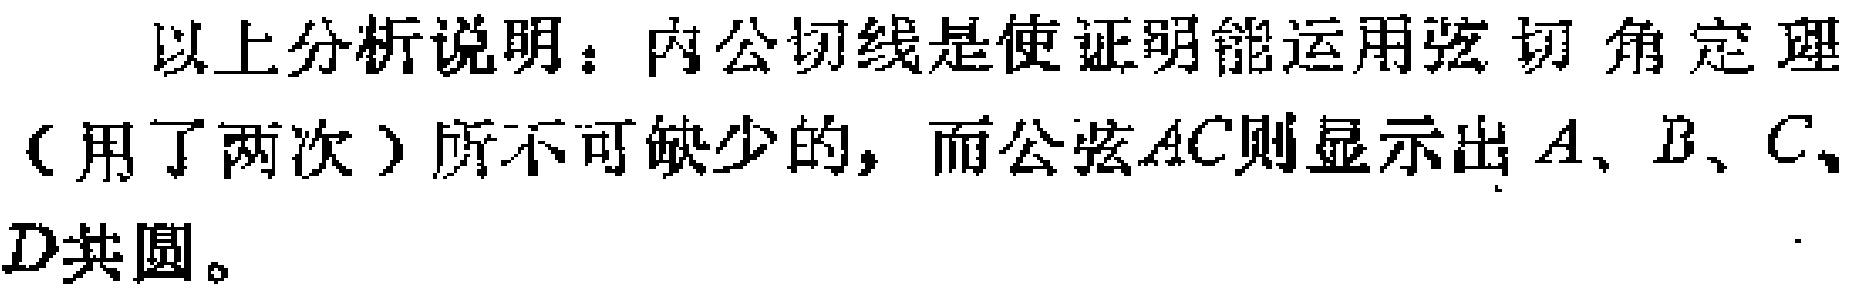
以上分析说明：内公切线是使证明能运用弦切角定理（用了两次）所不可缺少的，而公弦\(AC\)则显示出\(A、B、C、D\)共圆。